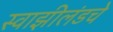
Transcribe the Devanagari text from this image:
स्वाझीलंडचे